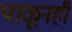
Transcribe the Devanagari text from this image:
पाळूनही